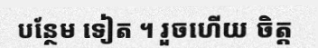
បន្ថែម ទៀត ។ រួចហើយ ចិត្ត